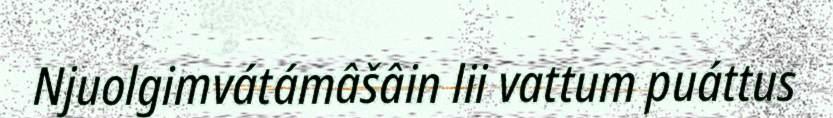
Njuolgimvátámâšâin lii vattum puáttus